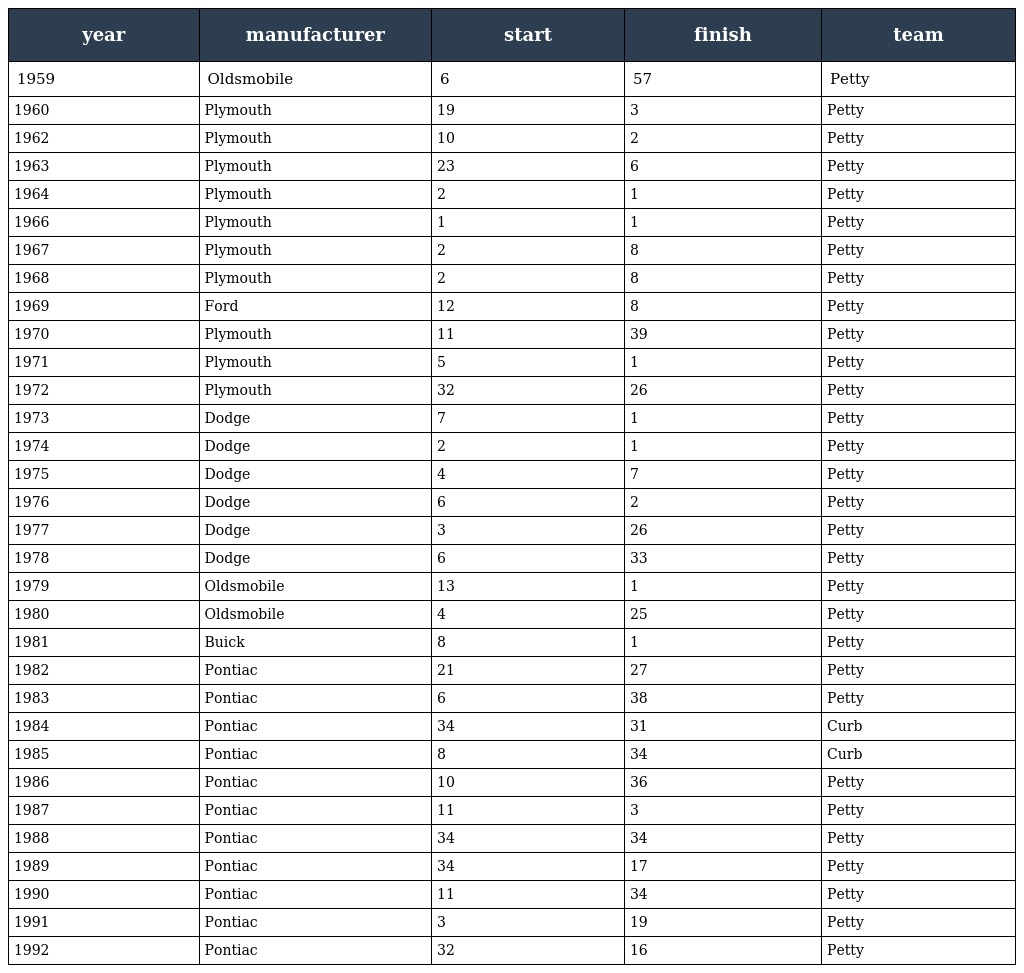
| year | manufacturer | start | finish | team |
 | --- | --- | --- | --- | --- |
 | 1959 | Oldsmobile | 6 | 57 | Petty |
 | 1960 | Plymouth | 19 | 3 | Petty |
 | 1962 | Plymouth | 10 | 2 | Petty |
 | 1963 | Plymouth | 23 | 6 | Petty |
 | 1964 | Plymouth | 2 | 1 | Petty |
 | 1966 | Plymouth | 1 | 1 | Petty |
 | 1967 | Plymouth | 2 | 8 | Petty |
 | 1968 | Plymouth | 2 | 8 | Petty |
 | 1969 | Ford | 12 | 8 | Petty |
 | 1970 | Plymouth | 11 | 39 | Petty |
 | 1971 | Plymouth | 5 | 1 | Petty |
 | 1972 | Plymouth | 32 | 26 | Petty |
 | 1973 | Dodge | 7 | 1 | Petty |
 | 1974 | Dodge | 2 | 1 | Petty |
 | 1975 | Dodge | 4 | 7 | Petty |
 | 1976 | Dodge | 6 | 2 | Petty |
 | 1977 | Dodge | 3 | 26 | Petty |
 | 1978 | Dodge | 6 | 33 | Petty |
 | 1979 | Oldsmobile | 13 | 1 | Petty |
 | 1980 | Oldsmobile | 4 | 25 | Petty |
 | 1981 | Buick | 8 | 1 | Petty |
 | 1982 | Pontiac | 21 | 27 | Petty |
 | 1983 | Pontiac | 6 | 38 | Petty |
 | 1984 | Pontiac | 34 | 31 | Curb |
 | 1985 | Pontiac | 8 | 34 | Curb |
 | 1986 | Pontiac | 10 | 36 | Petty |
 | 1987 | Pontiac | 11 | 3 | Petty |
 | 1988 | Pontiac | 34 | 34 | Petty |
 | 1989 | Pontiac | 34 | 17 | Petty |
 | 1990 | Pontiac | 11 | 34 | Petty |
 | 1991 | Pontiac | 3 | 19 | Petty |
 | 1992 | Pontiac | 32 | 16 | Petty |